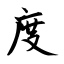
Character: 度